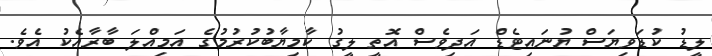
ލީޑު ކުޑަވިޔަސް ޔުނައިޓެޑް އަދިވެސް އޮތީ ލީގު ކާމިޔާބުކުރުމުގެ އަމިއްލަ ބާރާއެކު އެވެ.